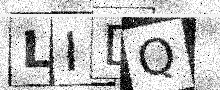
Text: LIDQ